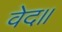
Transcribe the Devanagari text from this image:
वेद॥